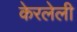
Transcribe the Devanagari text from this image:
केरलेली